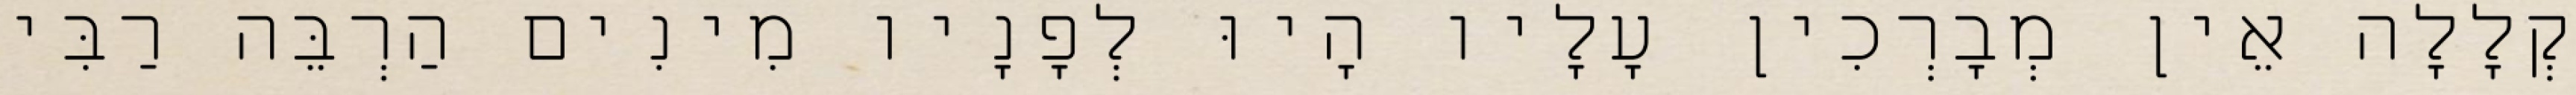
קְלָלָה אֵין מְבָרְכִין עָלָיו הָיוּ לְפָנָיו מִינִים הַרְבֵּה רַבִּי